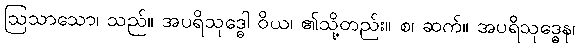
ဩသာသော၊ သည်။ အပရိသုဒ္ဓေါ ဝိယ၊ ၏သို့တည်း။ စ၊ ဆက်။ အပရိသုဒ္ဓေန၊